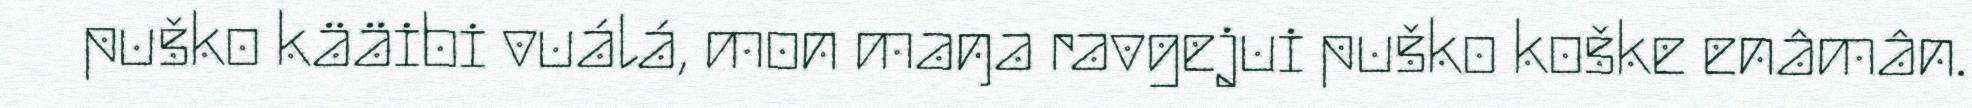
puško kääibi vuálá, mon maŋa ravgejui puško koške enâmân.